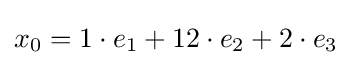
x_{0}=1\cdot e_{1}+12\cdot e_{2}+2\cdot e_{3}